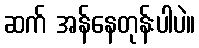
ဆက် အန်နေတုန်းပါပဲ။